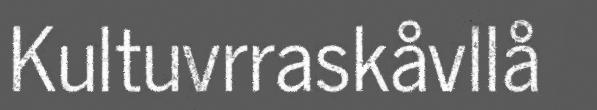
Kultuvrraskåvllå